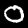
Label: 0